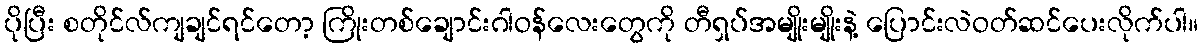
ပိုပြီး စတိုင်လ်ကျချင်ရင်တော့ ကြိုးတစ်ချောင်းဂါဝန်လေးတွေကို တီရှပ်အမျိုးမျိုးနဲ့ ပြောင်းလဲဝတ်ဆင်ပေးလိုက်ပါ။